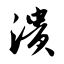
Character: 溃